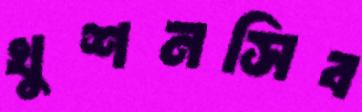
খুশনসিব